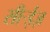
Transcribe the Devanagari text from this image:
सीर्‍ईज़